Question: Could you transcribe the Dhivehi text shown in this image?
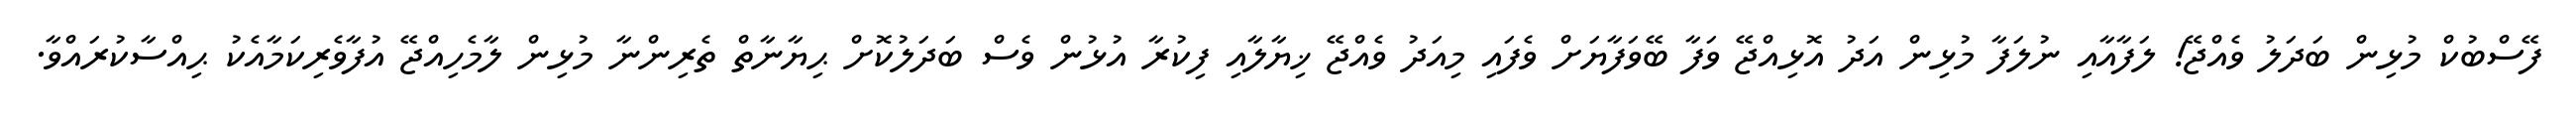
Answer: ފޭސްބުކް މުޅިން ބަދަލު ވެއްޖޭ! ލަފާއާއި ނުލަފާ މުޅިން އަދު އޮޅިއްޖޭ ވަފާ ބޭވަފާޔަށް ވެފައި މިއަދު ވެއްޖޭ ޚިޔާލާއި ފިކުރާ އުޅުން ވެސް ބަދަލުކޮށް ޙިޔާނާތް ތެރިންނާ މުޅިން ލާމެހިއްޖޭ އުފާވެރިކަމާއެކު ޙިއްސާކުރައްވާ.